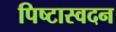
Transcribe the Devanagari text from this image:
पिष्टास्वदन